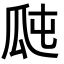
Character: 𤫭